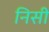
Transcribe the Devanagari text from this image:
निसी